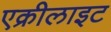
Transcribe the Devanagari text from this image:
एक्रीलाइट